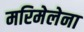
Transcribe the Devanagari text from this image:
मरिमेलेना